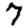
Digit: 7